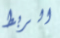
الربط